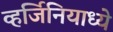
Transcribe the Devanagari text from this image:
व्हर्जिनियाध्ये